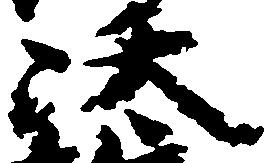
汰